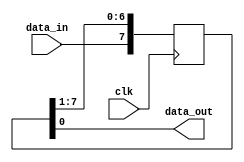
module shift_register(
    input wire clk,
    input wire data_in,
    output reg data_out
);

parameter NUM_BITS = 8;
reg [NUM_BITS-1:0] shift_reg;

always @(posedge clk) begin
    shift_reg <= {data_in, shift_reg[NUM_BITS-1:1]};
end

assign data_out = shift_reg[0];

endmodule